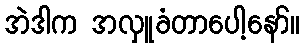
အဲဒါက အလှူခံတာပေါ့နော်။